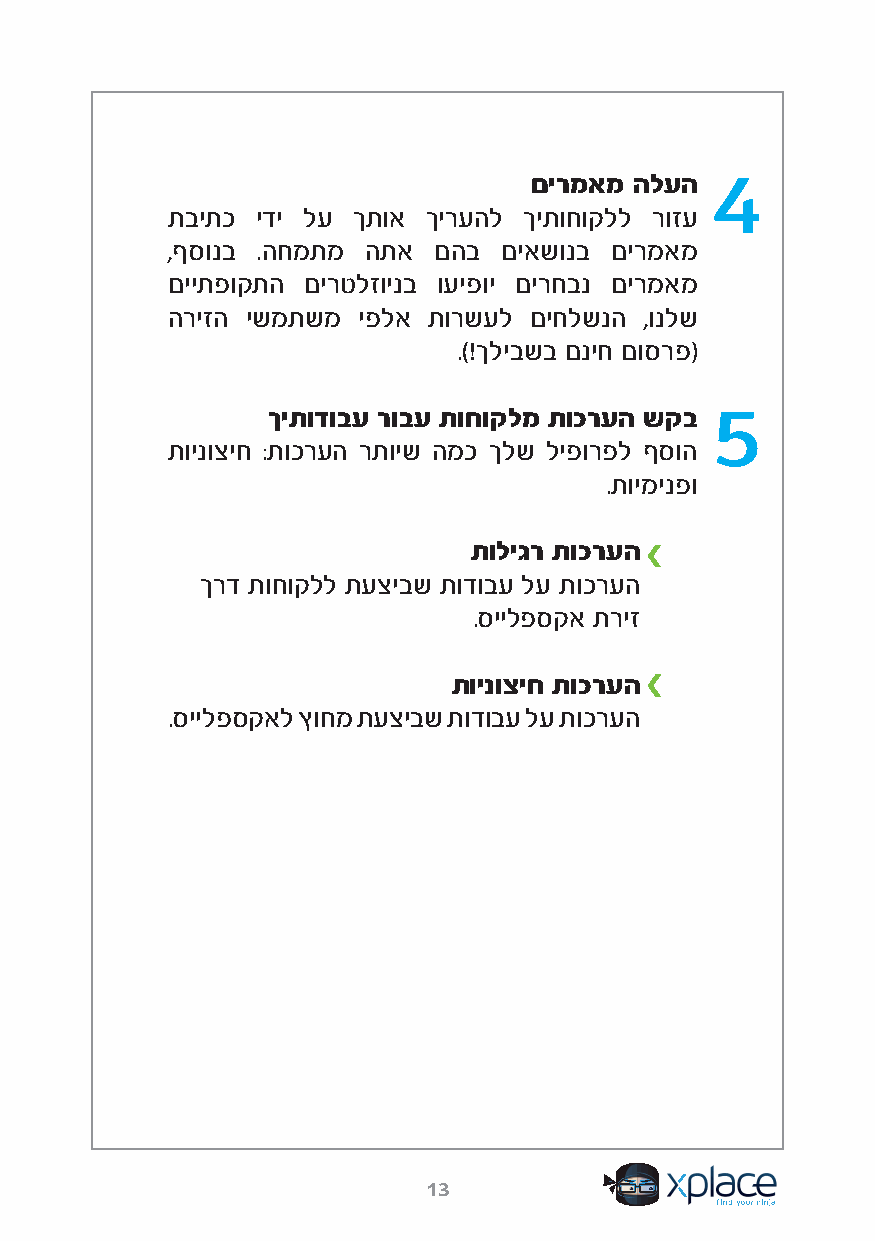
4
 םירמאמ הלעה
 תביתכ ידי לע ךתוא ךירעהל ךיתוחוקלל רוזע
 ,ףסונב .החמתמ התא םהב םיאשונב םירמאמ
 םייתפוקתה םירטלזוינב ועיפוי םירחבנ םירמאמ
 הריזה ישמתשמ יפלא תורשעל םיחלשנה ,ונלש
 .)!ךליבשב םניח םוסרפ(
 5
 ךיתודובע רובע תוחוקלמ תוכרעה שקב
 תוינוציח :תוכרעה רתויש המכ ךלש ליפורפל ףסוה
 .תוימינפו
 תוליגר תוכרעה
 ךרד תוחוקלל תעציבש תודובע לע תוכרעה
 .סיילפסקא תריז
 תוינוציח תוכרעה
 .סיילפסקאל ץוחמ תעציבש תודובע לע תוכרעה
 13